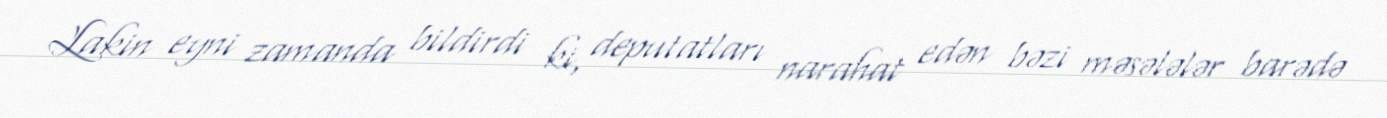
Lakin eyni zamanda bildirdi ki, deputatları narahat edən bəzi məsələlər barədə